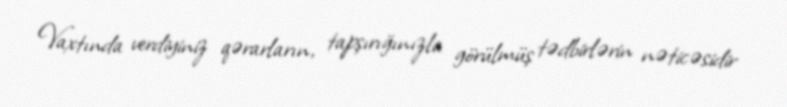
Vaxtında verdiyiniz qərarların, tapşırığınızla görülmüş tədbirlərin nəticəsidir